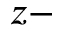
z -